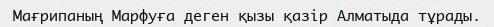
Мағрипаның Марфуға деген қызы қазір Алматыда тұрады.